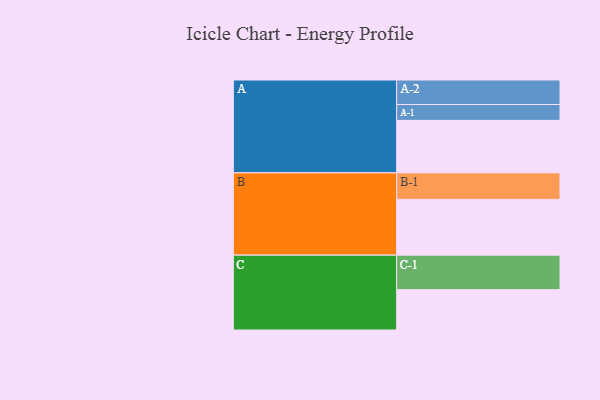
{"axis": {"x": "Segment", "y": "Value"}, "legend": ["", "A", "B", "C"], "data": [{"x": "A", "y": 437, "type": ""}, {"x": "B", "y": 464, "type": ""}, {"x": "C", "y": 336, "type": ""}, {"x": "A-1", "y": 132, "type": "A"}, {"x": "A-2", "y": 204, "type": "A"}, {"x": "B-1", "y": 221, "type": "B"}, {"x": "C-1", "y": 287, "type": "C"}]}